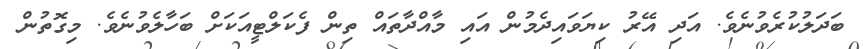
ބަދަލުކުރެވުނެވެ. އަދި އޭރު ކިޔަވައިދެމުން އައި މާއްދާތައް ތިން ފެކަލްޓީއަކަށް ބަހާލެވުނެވެ. މިގޮތުން